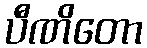
ပီဏိတော